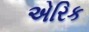
એરિક